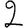
Digit: 2